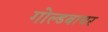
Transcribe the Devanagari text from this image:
गोल्डबाचर